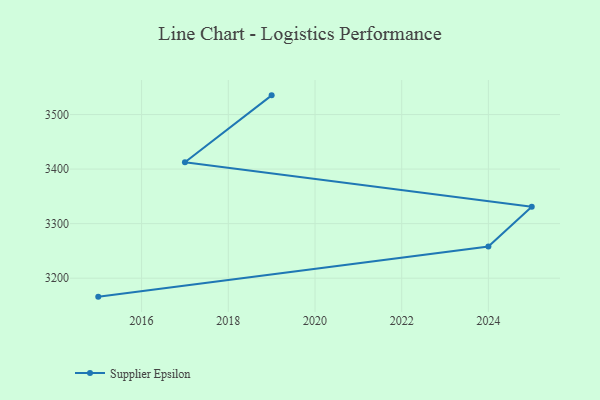
{"axis": {"x": "Year", "y": "Active Users"}, "legend": ["Supplier Epsilon"], "data": [{"x": "2015", "y": 3166.1, "type": "Supplier Epsilon"}, {"x": "2024", "y": 3258.0, "type": "Supplier Epsilon"}, {"x": "2025", "y": 3331.1, "type": "Supplier Epsilon"}, {"x": "2017", "y": 3412.4, "type": "Supplier Epsilon"}, {"x": "2019", "y": 3535.2, "type": "Supplier Epsilon"}]}